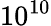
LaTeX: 10^{10}